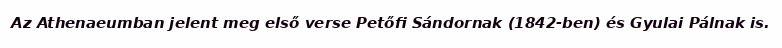
Az Athenaeumban jelent meg első verse Petőfi Sándornak (1842-ben) és Gyulai Pálnak is.